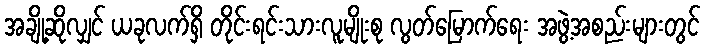
အချို့ဆိုလျှင် ယခုလက်ရှိ တိုင်းရင်းသားလူမျိုးစု လွတ်မြောက်ရေး အဖွဲ့အစည်းများတွင်